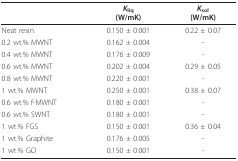
|  | Kliq(W/mK) | Ksol(W/mK) |
 | --- | --- | --- |
 | Neat resin | 0.150 ± 0.001 | 0.22 ± 0.07 |
 | 0.2 wt.% MWNT | 0.162 ± 0.004 | - |
 | 0.4 wt.% MWNT | 0.176 ± 0.009 | - |
 | 0.6 wt.% MWNT | 0.202 ± 0.004 | 0.29 ± 0.05 |
 | 0.8 wt.% MWNT | 0.220 ± 0.001 | - |
 | 1 wt.% MWNT | 0.250 ± 0.001 | 0.38 ± 0.07 |
 | 0.6 wt.% f-MWNT | 0.180 ± 0.001 | - |
 | 0.6 wt.% SWNT | 0.180 ± 0.001 | - |
 | 1 wt.% FGS | 0.150 ± 0.001 | 0.36 ± 0.04 |
 | 1 wt.% Graphite | 0.176 ± 0.005 | - |
 | 1 wt.% GO | 0.150 ± 0.001 | - |